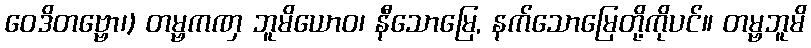
ဝေဒိတဗ္ဗော၊) တမ္ဗကဏှ ဘူမိယောဝ၊ နီသောမြေ, နက်သောမြေတို့ကိုပင်။ တမ္ဗဘူမိ